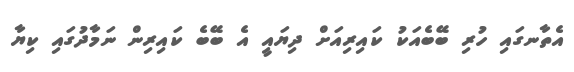
އެތާނގައި ހުރި ބޭބެއަކު ކައިރިއަށް ދިޔައީ އެ ބޭބެ ކައިރިން ނަމާދުގައި ކިޔާ